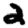
Digit: 2